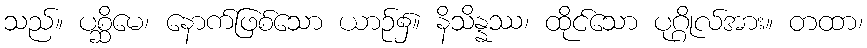
သည်။ ပစ္ဆိမေ၊ နောက်ဖြစ်သော ယာဉ်၌။ နိသိန္နဿ၊ ထိုင်သော ပုဂ္ဂိုလ်အား။ တထာ၊